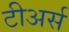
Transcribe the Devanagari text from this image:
टीअर्स